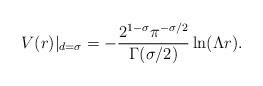
LaTeX: \begin{align*}V(r)|_{d=\sigma}=-\frac{2^{1-\sigma}\pi^{-\sigma/2}}{\Gamma(\sigma/2)}\ln(\Lambda r).\end{align*}